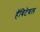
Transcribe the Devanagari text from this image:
हॅबिटेबल